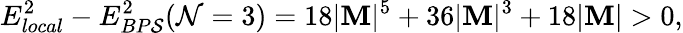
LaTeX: E_{local}^{2}-E_{BP\mathcal{S}}^{2}(\mathcal{N}=3)=18|\mathbf{M}|^{5}+36|\mathbf{M}|^{3}+18|\mathbf{M}|>0,